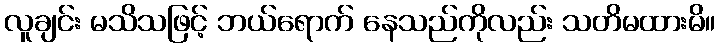
လူချင်း မသိသဖြင့် ဘယ်ရောက် နေသည်ကိုလည်း သတိမထားမိ။